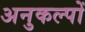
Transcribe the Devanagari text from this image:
अनुकल्पों